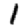
Digit: 1